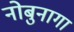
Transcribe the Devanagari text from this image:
नोबुनागा